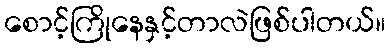
စောင့်ကြိုနေနှင့်တာလဲဖြစ်ပါတယ်။